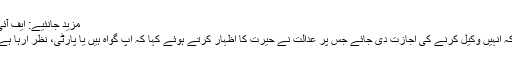
مزید جانئیے: ایف آئی اے نے چیئرمین ایس ای سی پی کیخلاف مقدمہ درج کرلیا
دوران سماعت کیس کے گواہان نے عدالت سے استدعا کی کہ انہیں وکیل کرنے کی اجازت دی جائے جس پر عدالت نے حیرت کا اظہار کرتے ہوئے کہا کہ آپ گواہ ہیں یا پارٹی، نظر آرہا ہے کیس میں پراسیکیوٹر سے زیادہ گواہ دلچسپی لے رہے ہیں۔